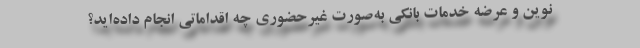
نوین و عرضه خدمات بانکی به‌صورت غیرحضوری چه اقداماتی انجام داده‌اید؟